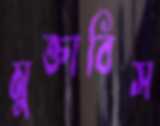
মুক্তাবিস